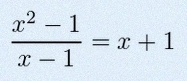
\frac{x^2-1}{x-1}=x+1